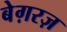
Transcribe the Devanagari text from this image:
बेग़रज़